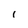
Character: l